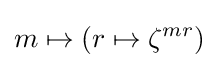
m\mapsto (r\mapsto \zeta ^{mr})